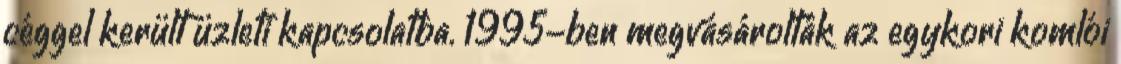
céggel került üzleti kapcsolatba. 1995-ben megvásárolták az egykori komlói